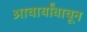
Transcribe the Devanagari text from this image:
आचार्यांवाचून